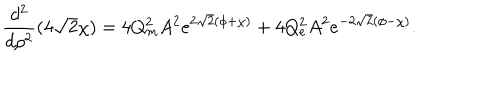
LaTeX: \frac { d ^ { 2 } } { d \rho ^ { 2 } } ( 4 \sqrt { 2 } \chi ) = 4 Q _ { m } ^ { 2 } A ^ { 2 } e ^ { 2 \sqrt { 2 } ( \phi + \chi ) } + 4 Q _ { e } ^ { 2 } A ^ { 2 } e ^ { - 2 \sqrt { 2 } ( \phi - \chi ) } .